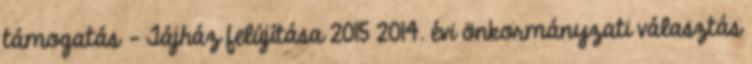
támogatás - Tájház felújítása 2015 2014. évi önkormányzati választás